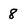
Character: 8